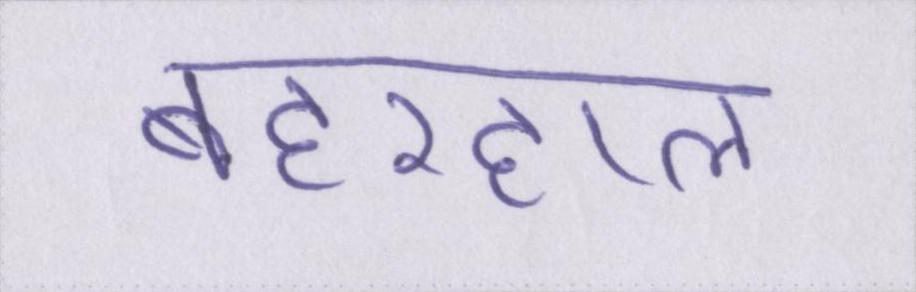
बहरहाल